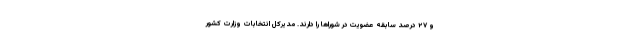
و ۲۷ درصد سابقه عضویت در شوراها را دارند. مدیرکل انتخابات وزارت کشور